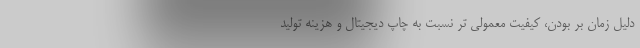
دلیل زمان بر بودن، کیفیت معمولی تر نسبت به چاپ دیجیتال و هزینه تولید